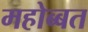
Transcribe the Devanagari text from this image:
महोब्बत